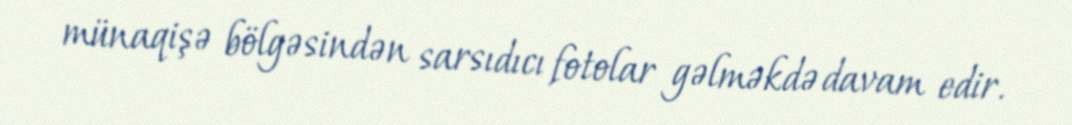
münaqişə bölgəsindən sarsıdıcı fotolar gəlməkdə davam edir.